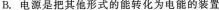
B.电源是把其他形式的能转化为电能的装置